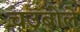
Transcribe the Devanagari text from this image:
चउबोलें